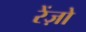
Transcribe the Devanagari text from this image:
रेंज़ो